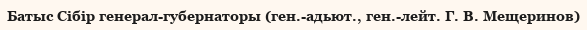
Батыс Сібір генерал-губернаторы (ген.-адьют., ген.-лейт. Г. В. Мещеринов)